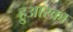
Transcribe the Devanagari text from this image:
हुआस्का